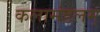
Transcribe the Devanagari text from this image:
कलामंडलम्‌